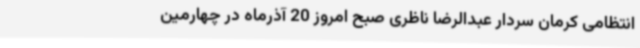
انتظامی کرمان سردار عبدالرضا ناظری صبح امروز 20 آذرماه در چهارمین